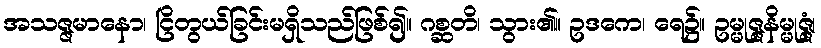
အသဇ္ဇမာနော၊ ငြိတွယ်ခြင်းမရှိသည်ဖြစ်၍။ ဂစ္ဆတိ၊ သွား၏။ ဥဒကေ၊ ရေ၌။ ဥမ္မုဇ္ဇနိမ္မုဇ္ဇံ၊